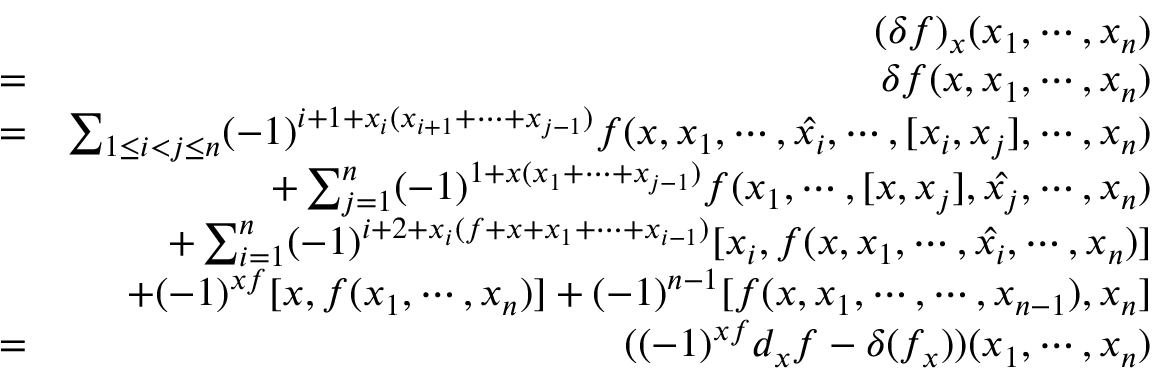
\begin{array} { r l r } & { } & { ( \delta f ) _ { x } ( x _ { 1 } , \cdots , x _ { n } ) } \\ & { = } & { \delta f ( x , x _ { 1 } , \cdots , x _ { n } ) } \\ & { = } & { \sum _ { 1 \le i < j \le n } ( - 1 ) ^ { i + 1 + x _ { i } ( x _ { i + 1 } + \cdots + x _ { j - 1 } ) } f ( x , x _ { 1 } , \cdots , \hat { x _ { i } } , \cdots , [ x _ { i } , x _ { j } ] , \cdots , x _ { n } ) } \\ & { } & { + \sum _ { j = 1 } ^ { n } ( - 1 ) ^ { 1 + x ( x _ { 1 } + \cdots + x _ { j - 1 } ) } f ( x _ { 1 } , \cdots , [ x , x _ { j } ] , \hat { x _ { j } } , \cdots , x _ { n } ) } \\ & { } & { + \sum _ { i = 1 } ^ { n } ( - 1 ) ^ { i + 2 + x _ { i } ( f + x + x _ { 1 } + \cdots + x _ { i - 1 } ) } [ x _ { i } , f ( x , x _ { 1 } , \cdots , \hat { x _ { i } } , \cdots , x _ { n } ) ] } \\ & { } & { + ( - 1 ) ^ { x f } [ x , f ( x _ { 1 } , \cdots , x _ { n } ) ] + ( - 1 ) ^ { n - 1 } [ f ( x , x _ { 1 } , \cdots , \cdots , x _ { n - 1 } ) , x _ { n } ] } \\ & { = } & { ( ( - 1 ) ^ { x f } d _ { x } f - \delta ( f _ { x } ) ) ( x _ { 1 } , \cdots , x _ { n } ) } \end{array}